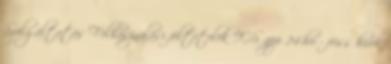
Szolgáltatás Felhasználási feltételek IOS app 24.hu - friss hírek